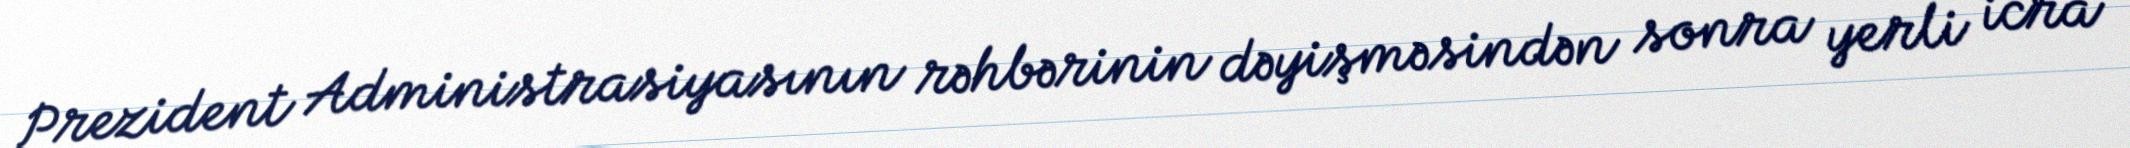
Prezident Administrasiyasının rəhbərinin dəyişməsindən sonra yerli icra